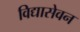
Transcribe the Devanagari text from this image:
विद्यासेवन